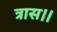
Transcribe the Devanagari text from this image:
त्रास।।